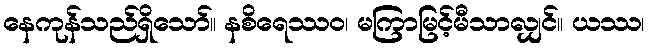
နေကုန်သည်ရှိသော်။ နစိရေဿဝ၊ မကြာမြင့်မီသာလျှင်။ ယဿ၊